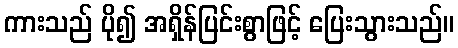
ကားသည် ပို၍ အရှိန်ပြင်းစွာဖြင့် ပြေးသွားသည်။